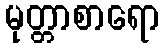
မုတ္တာစာရော